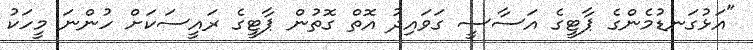
"އަޅުގަނޑުމެންގެ ޕާޓީގެ އަސާސީ ގަވައިދު އޮތް ގޮތުން ޕާޓީގެ ރައީސަކަށް ހުންނަ މީހަކު